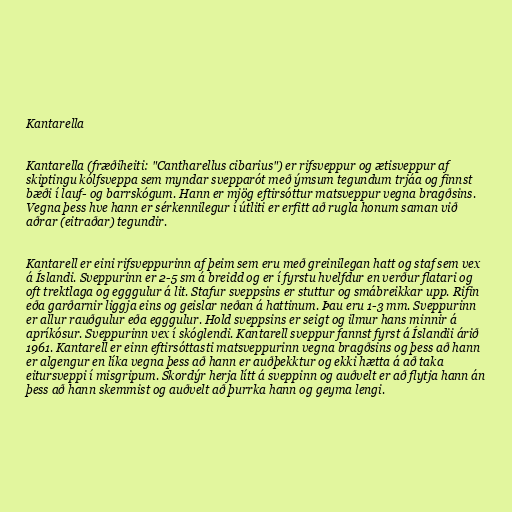
Kantarella

Kantarella (fræðiheiti: "Cantharellus cibarius") er rifsveppur og ætisveppur af
skiptingu kólfsveppa sem myndar svepparót með ýmsum tegundum trjáa og finnst
bæði í lauf- og barrskógum. Hann er mjög eftirsóttur matsveppur vegna bragðsins.
Vegna þess hve hann er sérkennilegur í útliti er erfitt að rugla honum saman við
aðrar (eitraðar) tegundir.

Kantarell er eini rifsveppurinn af þeim sem eru með greinilegan hatt og staf sem vex
á Íslandi. Sveppurinn er 2-5 sm á breidd og er í fyrstu hvelfdur en verður flatari og
oft trektlaga og egggulur á lit. Stafur sveppsins er stuttur og smábreikkar upp. Rifin
eða garðarnir liggja eins og geislar neðan á hattinum. Þau eru 1-3 mm. Sveppurinn
er allur rauðgulur eða egggulur. Hold sveppsins er seigt og ilmur hans minnir á
apríkósur. Sveppurinn vex í skóglendi. Kantarell sveppur fannst fyrst á Íslandii árið
1961. Kantarell er einn eftirsóttasti matsveppurinn vegna bragðsins og þess að hann
er algengur en líka vegna þess að hann er auðþekktur og ekki hætta á að taka
eitursveppi í misgripum. Skordýr herja lítt á sveppinn og auðvelt er að flytja hann án
þess að hann skemmist og auðvelt að þurrka hann og geyma lengi.